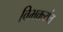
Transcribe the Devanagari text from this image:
विभक्त्यंत